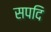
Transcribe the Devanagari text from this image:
सपदि